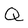
Character: Q